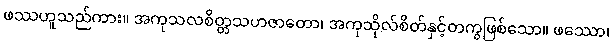
ဖဿဟူသည်ကား။ အကုသလစိတ္တသဟဇာတော၊ အကုသိုလ်စိတ်နှင့်တကွဖြစ်သော။ ဖဿော၊